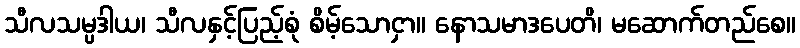
သီလသမ္ပဒါယ၊ သီလနှင့်ပြည့်စုံ စိမ့်သောငှာ။ နောသမာဒပေတိ၊ မဆောက်တည်စေ။